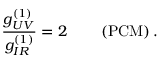
\frac { g _ { U V } ^ { ( 1 ) } } { g _ { I R } ^ { ( 1 ) } } = 2 \qquad \left( \mathrm { P C M } \right) .